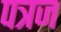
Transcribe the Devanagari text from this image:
पत्रज